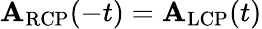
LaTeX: \mathbf{A}_{\textrm{RCP}}(-t)=\mathbf{A}_{\textrm{LCP}}(t)